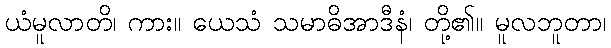
ယံမူလာတိ၊ ကား။ ယေသံ သမာဓိအာဒီနံ၊ တို့၏။ မူလဘူတာ၊